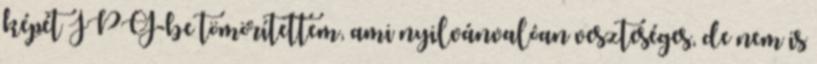
képét JPG-be tömörítettem, ami nyilvánvalóan veszteséges, de nem is